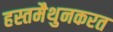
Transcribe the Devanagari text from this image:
हस्तमैथुनकरत